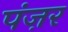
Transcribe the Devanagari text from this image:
पंज़र